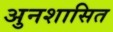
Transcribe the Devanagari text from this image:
अुनशासित